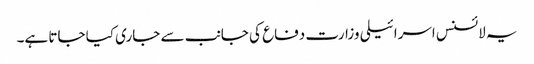
یہ لائسنس اسرائیلی وزارت دفاع کی جانب سے جاری کیا جاتا ہے۔